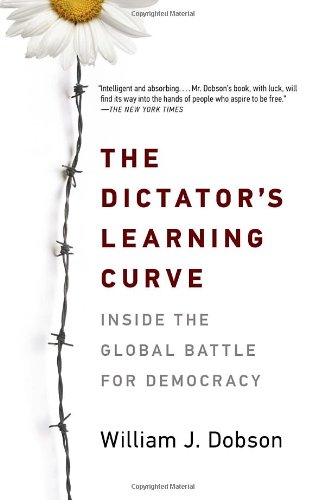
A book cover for The Dictator's Learning Curve: Inside the Global Battle for Democracy; William J. Dobson; Law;